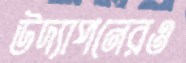
উদ্যাপনেরও